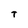
Character: T